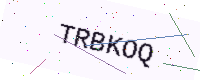
Text: TRBKOQ